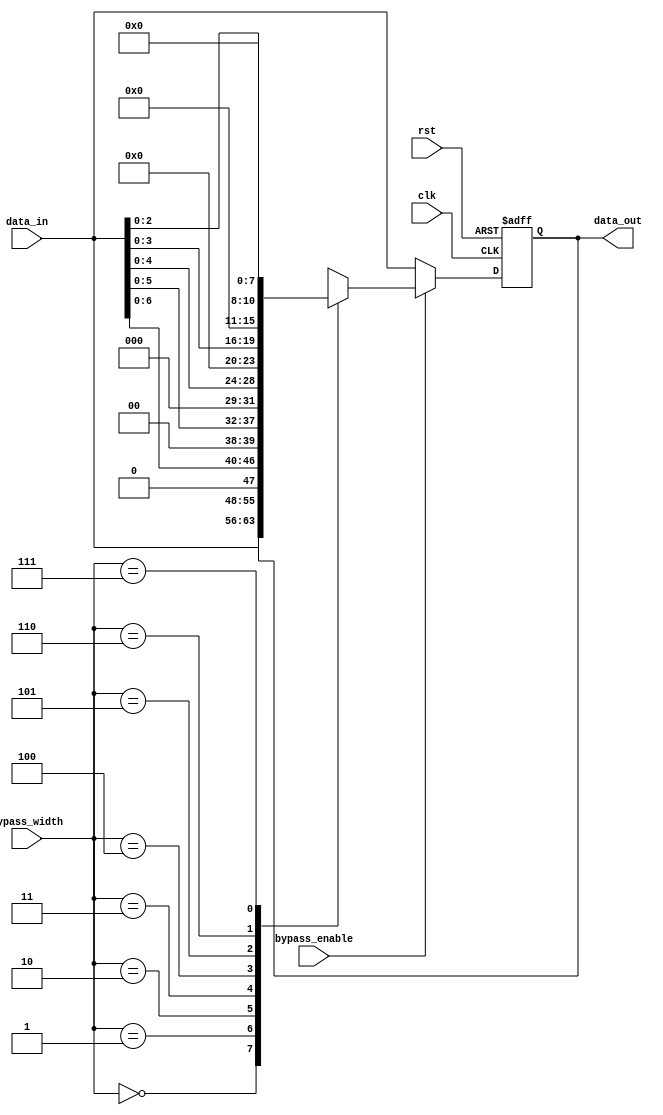
module VariableWidthBypassRegister (
    input wire clk,
    input wire rst,
    input wire [7:0] data_in,
    input wire bypass_enable,
    input wire [2:0] bypass_width,
    output reg [7:0] data_out
);

reg [7:0] register_data;

always @(posedge clk or posedge rst) begin
    if (rst) begin
        register_data <= 8'h00;
    end else begin
        if (bypass_enable) begin
            case (bypass_width)
                3'b000: register_data <= register_data; // no bypass
                3'b001: register_data <= data_in[7:0]; // bypass 1 byte
                3'b010: register_data <= data_in[6:0]; // bypass 2 bytes
                3'b011: register_data <= data_in[5:0]; // bypass 3 bytes
                3'b100: register_data <= data_in[4:0]; // bypass 4 bytes
                3'b101: register_data <= data_in[3:0]; // bypass 5 bytes
                3'b110: register_data <= data_in[2:0]; // bypass 6 bytes
                3'b111: register_data <= 8'h00; // bypass all bytes
                default: register_data <= 8'h00;
            endcase
        end else begin
            register_data <= data_in;
        end
    end
end

assign data_out = register_data;

endmodule